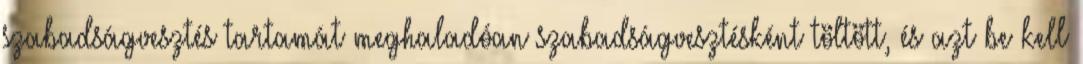
szabadságvesztés tartamát meghaladóan szabadságvesztésként töltött, és azt be kell